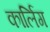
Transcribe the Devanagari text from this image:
कार्लिग